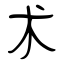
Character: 术